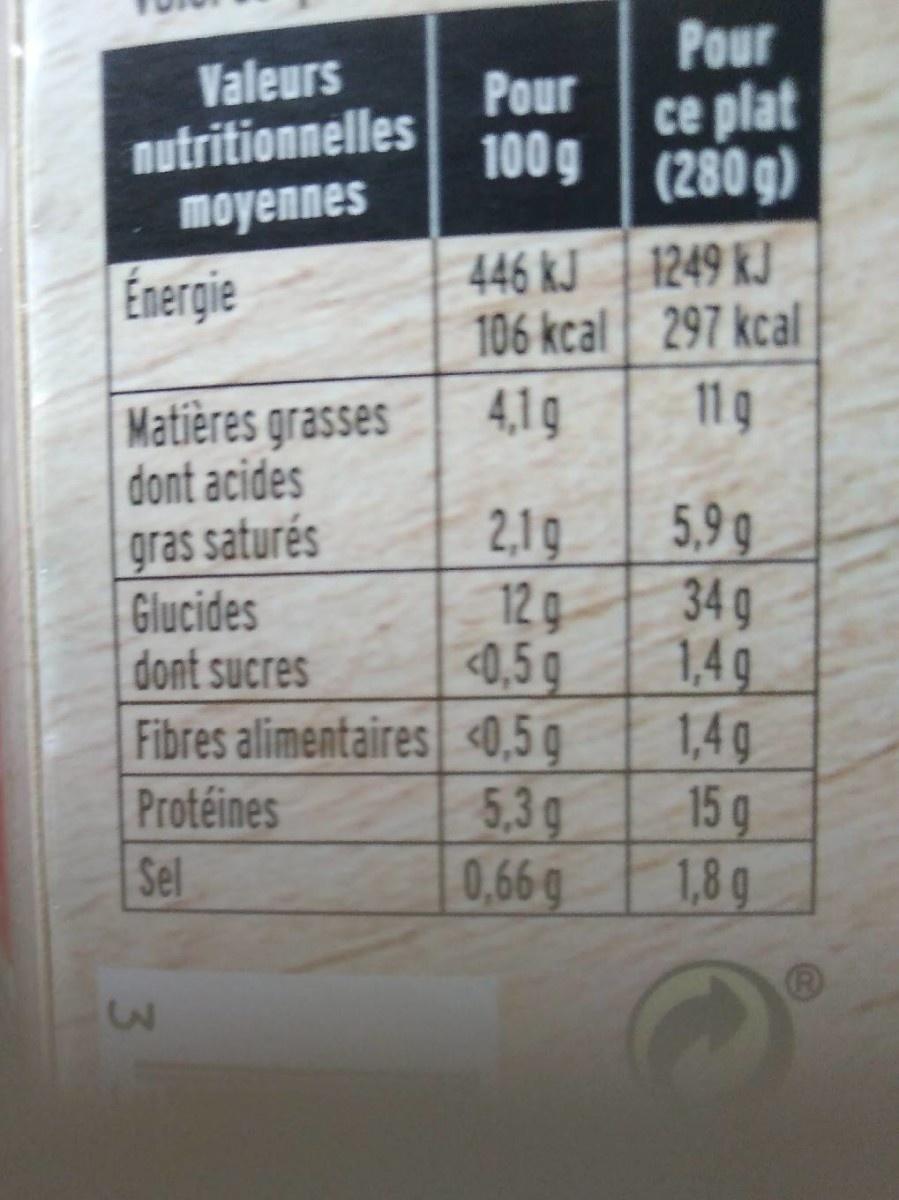
Pour Pour ce plat 100 g (280 g)
Valeurs
nutritionnelles moyennes
446 kJ| 1249 kJ 106 kcal 297 kcal 11 g
Energie
4,1g
Matières grasses dont acides
2,1g 129 <0,5 g Fibres alimentaires <0,5 g 5.3g 0.66 g
5,9 g 34 g 1,4 g 1,4g 15 g 1,8g
gras saturés Glucides dont sucres
Protéines Sel
3\